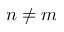
n \neq m